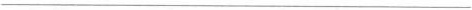
___